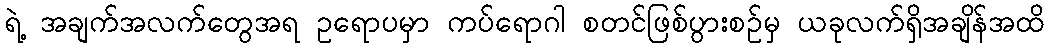
ရဲ့ အချက်အလက်တွေအရ ဥရောပမှာ ကပ်ရောဂါ စတင်ဖြစ်ပွားစဥ်မှ ယခုလက်ရှိအချိန်အထိ